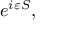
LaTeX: e ^ { i \varepsilon S } ,